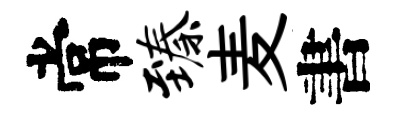
常臻麦書